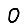
Digit: 0